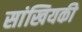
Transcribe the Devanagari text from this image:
सांखियकी